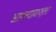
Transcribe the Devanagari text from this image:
आपल्याबाजूला